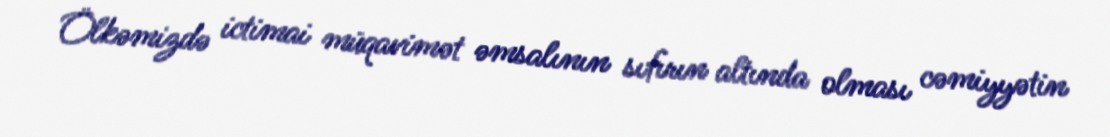
Ölkəmizdə ictimai müqavimət əmsalının sıfırın altında olması cəmiyyətin